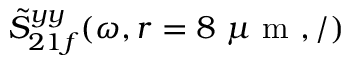
\tilde { S } _ { 2 1 f } ^ { y y } ( \omega , r = 8 ~ \mu \textrm { m } , / )